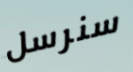
سنرسل